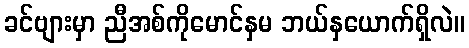
ခင်ဗျားမှာ ညီအစ်ကိုမောင်နှမ ဘယ်နှယောက်ရှိလဲ။